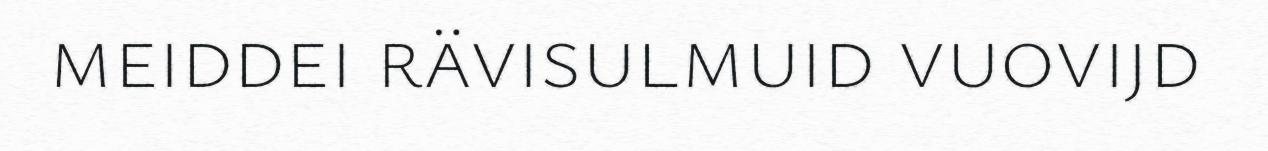
meiddei rävisulmuid vuovijd